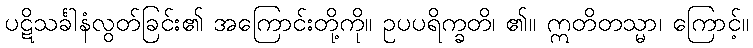
ပဋိသင်္ခါနံလွတ်ခြင်း၏ အကြောင်းတို့ကို။ ဥပပရိက္ခတိ၊ ၏။ ဣတိတသ္မာ၊ ကြောင့်။